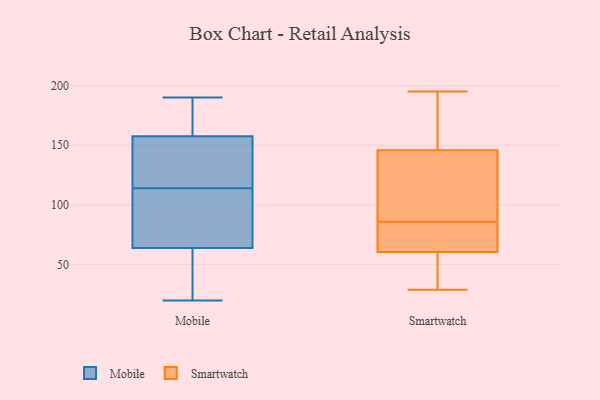
{"axis": {"x": "Revenue (USD Million)", "y": "Value"}, "legend": ["Mobile", "Smartwatch"], "data": [{"x": "", "y": 164, "type": "Mobile"}, {"x": "", "y": 172, "type": "Mobile"}, {"x": "", "y": 23, "type": "Mobile"}, {"x": "", "y": 78, "type": "Mobile"}, {"x": "", "y": 100, "type": "Mobile"}, {"x": "", "y": 190, "type": "Mobile"}, {"x": "", "y": 81, "type": "Mobile"}, {"x": "", "y": 151, "type": "Mobile"}, {"x": "", "y": 50, "type": "Mobile"}, {"x": "", "y": 150, "type": "Mobile"}, {"x": "", "y": 20, "type": "Mobile"}, {"x": "", "y": 128, "type": "Mobile"}, {"x": "", "y": 88, "type": "Smartwatch"}, {"x": "", "y": 63, "type": "Smartwatch"}, {"x": "", "y": 36, "type": "Smartwatch"}, {"x": "", "y": 186, "type": "Smartwatch"}, {"x": "", "y": 190, "type": "Smartwatch"}, {"x": "", "y": 52, "type": "Smartwatch"}, {"x": "", "y": 181, "type": "Smartwatch"}, {"x": "", "y": 134, "type": "Smartwatch"}, {"x": "", "y": 85, "type": "Smartwatch"}, {"x": "", "y": 132, "type": "Smartwatch"}, {"x": "", "y": 195, "type": "Smartwatch"}, {"x": "", "y": 74, "type": "Smartwatch"}, {"x": "", "y": 53, "type": "Smartwatch"}, {"x": "", "y": 86, "type": "Smartwatch"}, {"x": "", "y": 86, "type": "Smartwatch"}, {"x": "", "y": 29, "type": "Smartwatch"}, {"x": "", "y": 65, "type": "Smartwatch"}]}